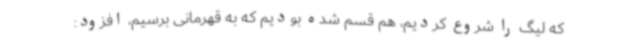
که لیگ را شروع کردیم، هم قسم شده بودیم که به قهرمانی برسیم، افزود: